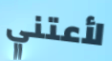
لأعتني